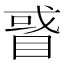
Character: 𥇙